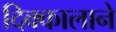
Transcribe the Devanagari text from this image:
दिक्कालाने